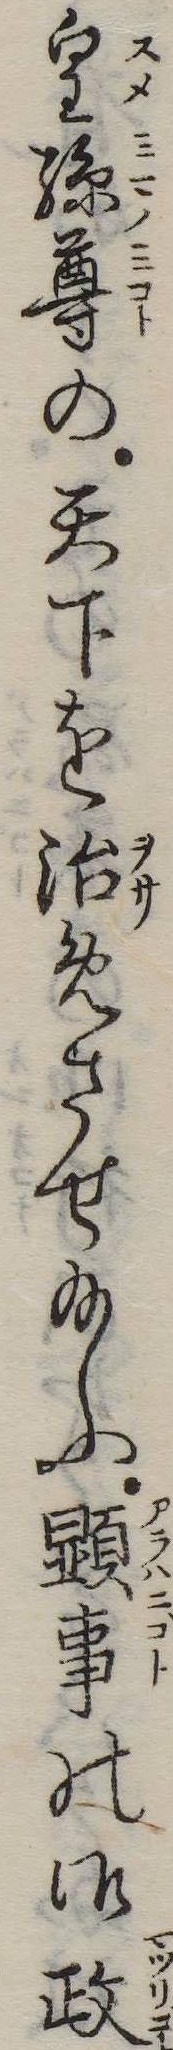
皇孫尊の天下を治めさせ給ふ顕事の御政